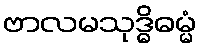
ဗာလမသုဒ္ဓိဓမ္မံ